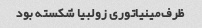
ظرف‌مینیاتوری زولبیا شکسته بود